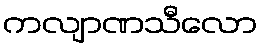
ကလျာဏသီလော